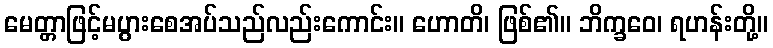
မေတ္တာဖြင့်မပွားစေအပ်သည်လည်းကောင်း။ ဟောတိ၊ ဖြစ်၏။ ဘိက္ခဝေ၊ ရဟန်းတို့။